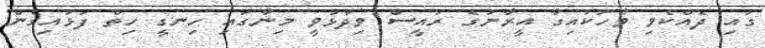
ގައި ދެއްކެވި ވާހަކައިގާ އީރާނުގެ ރައީސް ވިދާޅުވީ މިނާގައި ހިނގީ ހިތް ފަޅައިގެން